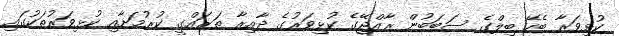
ކުޅިވަރާ ބެހޭ ބިލްގެ ސަބަބުން ރާއްޖޭގެ ކުޅިވަރުގެ ދާއިރާ ތަރައްގީ ކުރުމަށާއި ކުޅިވަރުތަކުގައި